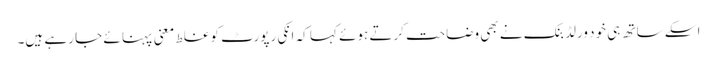
اسکے ساتھ ہی خود ورلڈ بنک نے بھی وضاحت کرتے ہوئے کہا کہ انکی رپورٹ کو غلط معنی پہنا ئے جا رہے ہیں۔